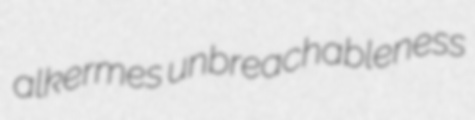
alkermes unbreachableness